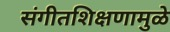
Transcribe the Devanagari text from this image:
संगीतशिक्षणामुळे